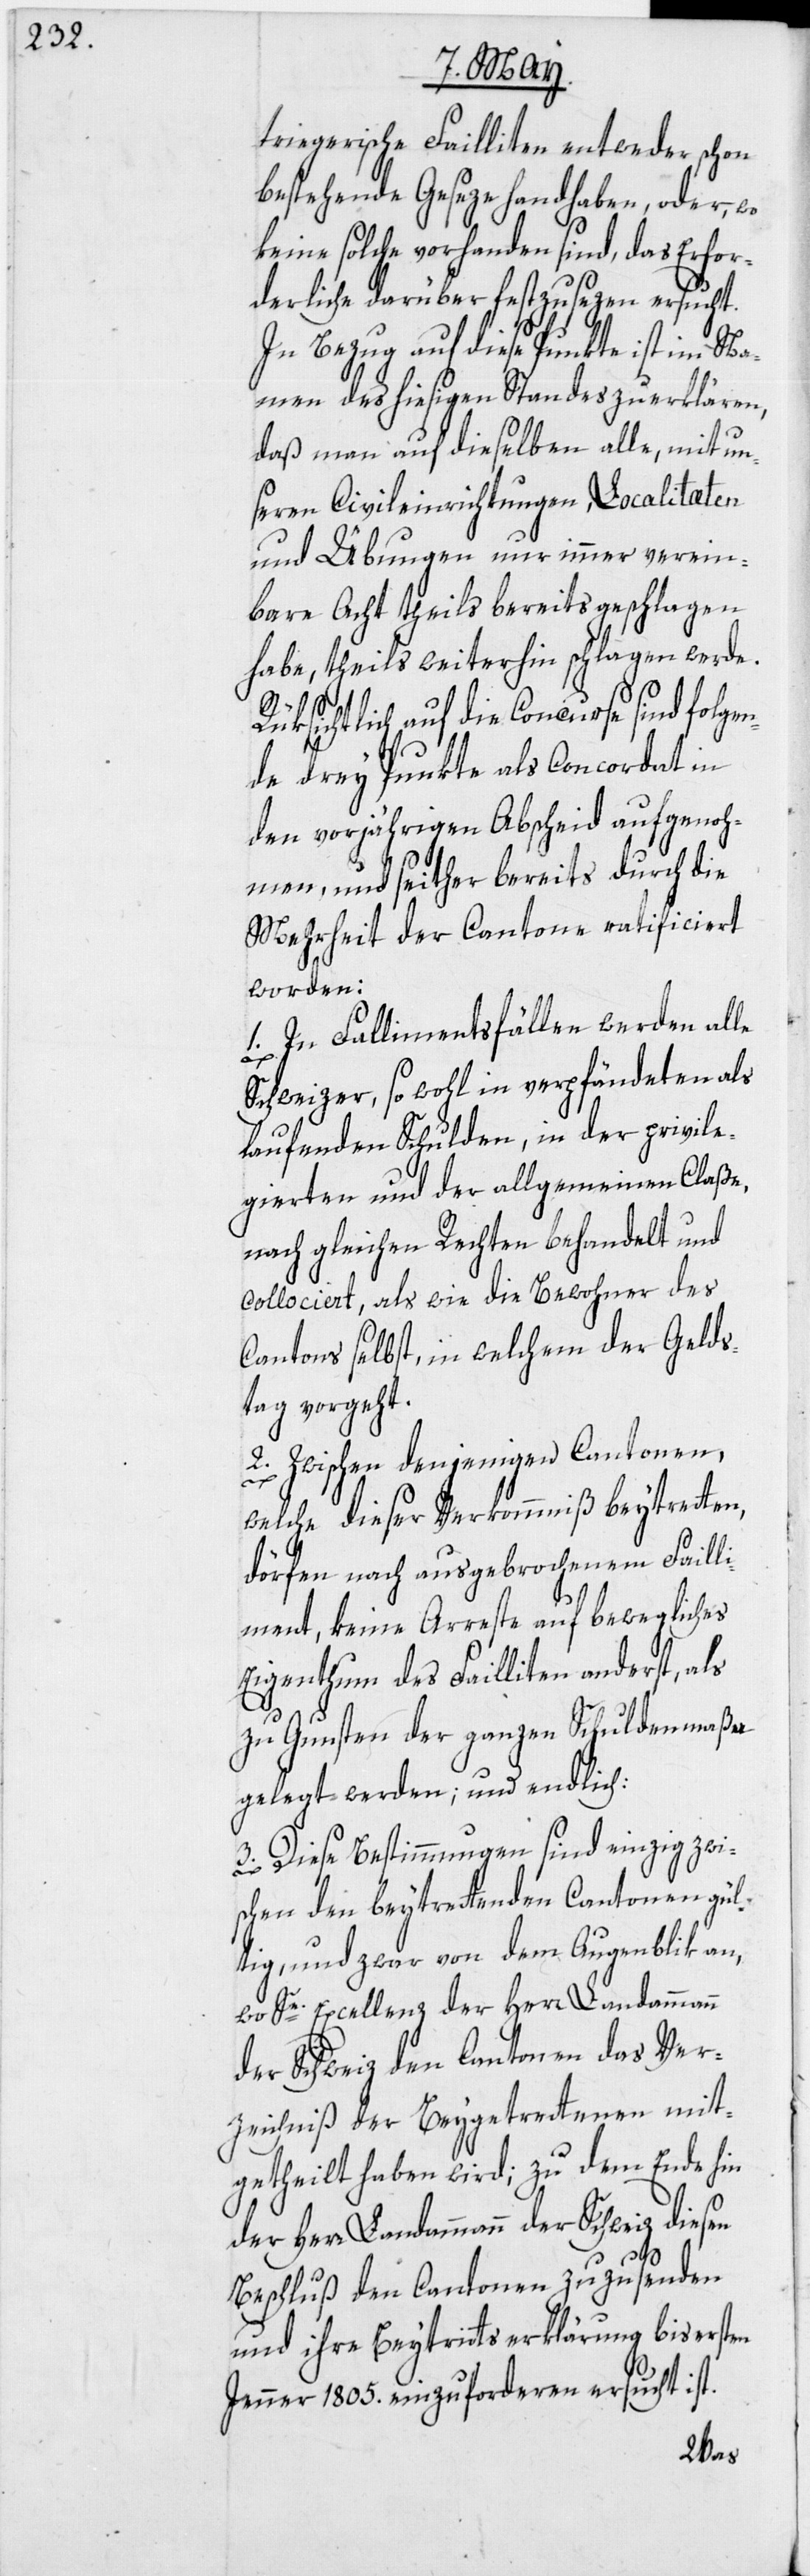
triegerische Failliten entweder schon
bestehende Geseze handhaben, oder, wo
keine solche vorhanden sind, das Erfor¬
derliche darüber festzusezen ersucht.
In Bezug auf diese Punkte ist im Na¬
men des hiesigen Standes zu erklären,
daß man auf dieselben alle, mit un¬
seren Civileinrichtungen, Localitæten
und Übungen nur immer verein¬
bare Acht theils bereits geschlagen
habe, theils weiterhin schlagen werde.
Rüksichtlich auf die Concurse sind folgen¬
de drey Punkte als Concordat in
den vorjährigen Abscheid aufgenoh¬
men, und seither bereits durch die
Mehrheit der Cantone ratificiert
worden:
1. In Fallimentsfällen werden alle
Schweizer, so wohl in verpfändeten als
laufenden Schulden, in der privile¬
gierten und der allgemeinen Claße,
nach gleichen Rechten behandelt und
collociert, als wie die Bewohner des
Cantons selbst, in welchem der Gelds¬
tag vorgeht.
2. Zwischen denjenigen Cantonen,
welche dieser Verkommniß beytretten,
dörfen nach ausgebrochenem Failli¬
ment, keine Arreste auf bewegliches
Eigenthum des Failliten anderst, als
zu Gunsten der ganzen Schuldenmaßa
gelegt werden; und endlich:
3. Diese Bestimmungen sind einzig zwi¬
schen den beytrettenden Cantonen gül¬
tig, und zwar von dem Augenblik an,
wo Se. Excellenz der Herr Landammann
der Schweiz den Cantonen das Ver¬
zeichniß der Beygetrettenen mit¬
getheilt haben wird; zu dem Ende hin
der Herr Landammann der Schweiz diesen
Beschluß den Cantonen zuzusenden
und ihre Beytrittserklärung bis ersten
Jenner 1805. einzuforderen ersucht ist.
be¬